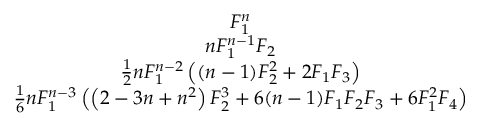
\begin{array} { c } { F _ { 1 } ^ { n } } \\ { n F _ { 1 } ^ { n - 1 } F _ { 2 } } \\ { \frac { 1 } { 2 } n F _ { 1 } ^ { n - 2 } \left( ( n - 1 ) F _ { 2 } ^ { 2 } + 2 F _ { 1 } F _ { 3 } \right) } \\ { \frac { 1 } { 6 } n F _ { 1 } ^ { n - 3 } \left( \left( 2 - 3 n + n ^ { 2 } \right) F _ { 2 } ^ { 3 } + 6 ( n - 1 ) F _ { 1 } F _ { 2 } F _ { 3 } + 6 F _ { 1 } ^ { 2 } F _ { 4 } \right) } \end{array}